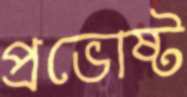
প্রভোষ্ট